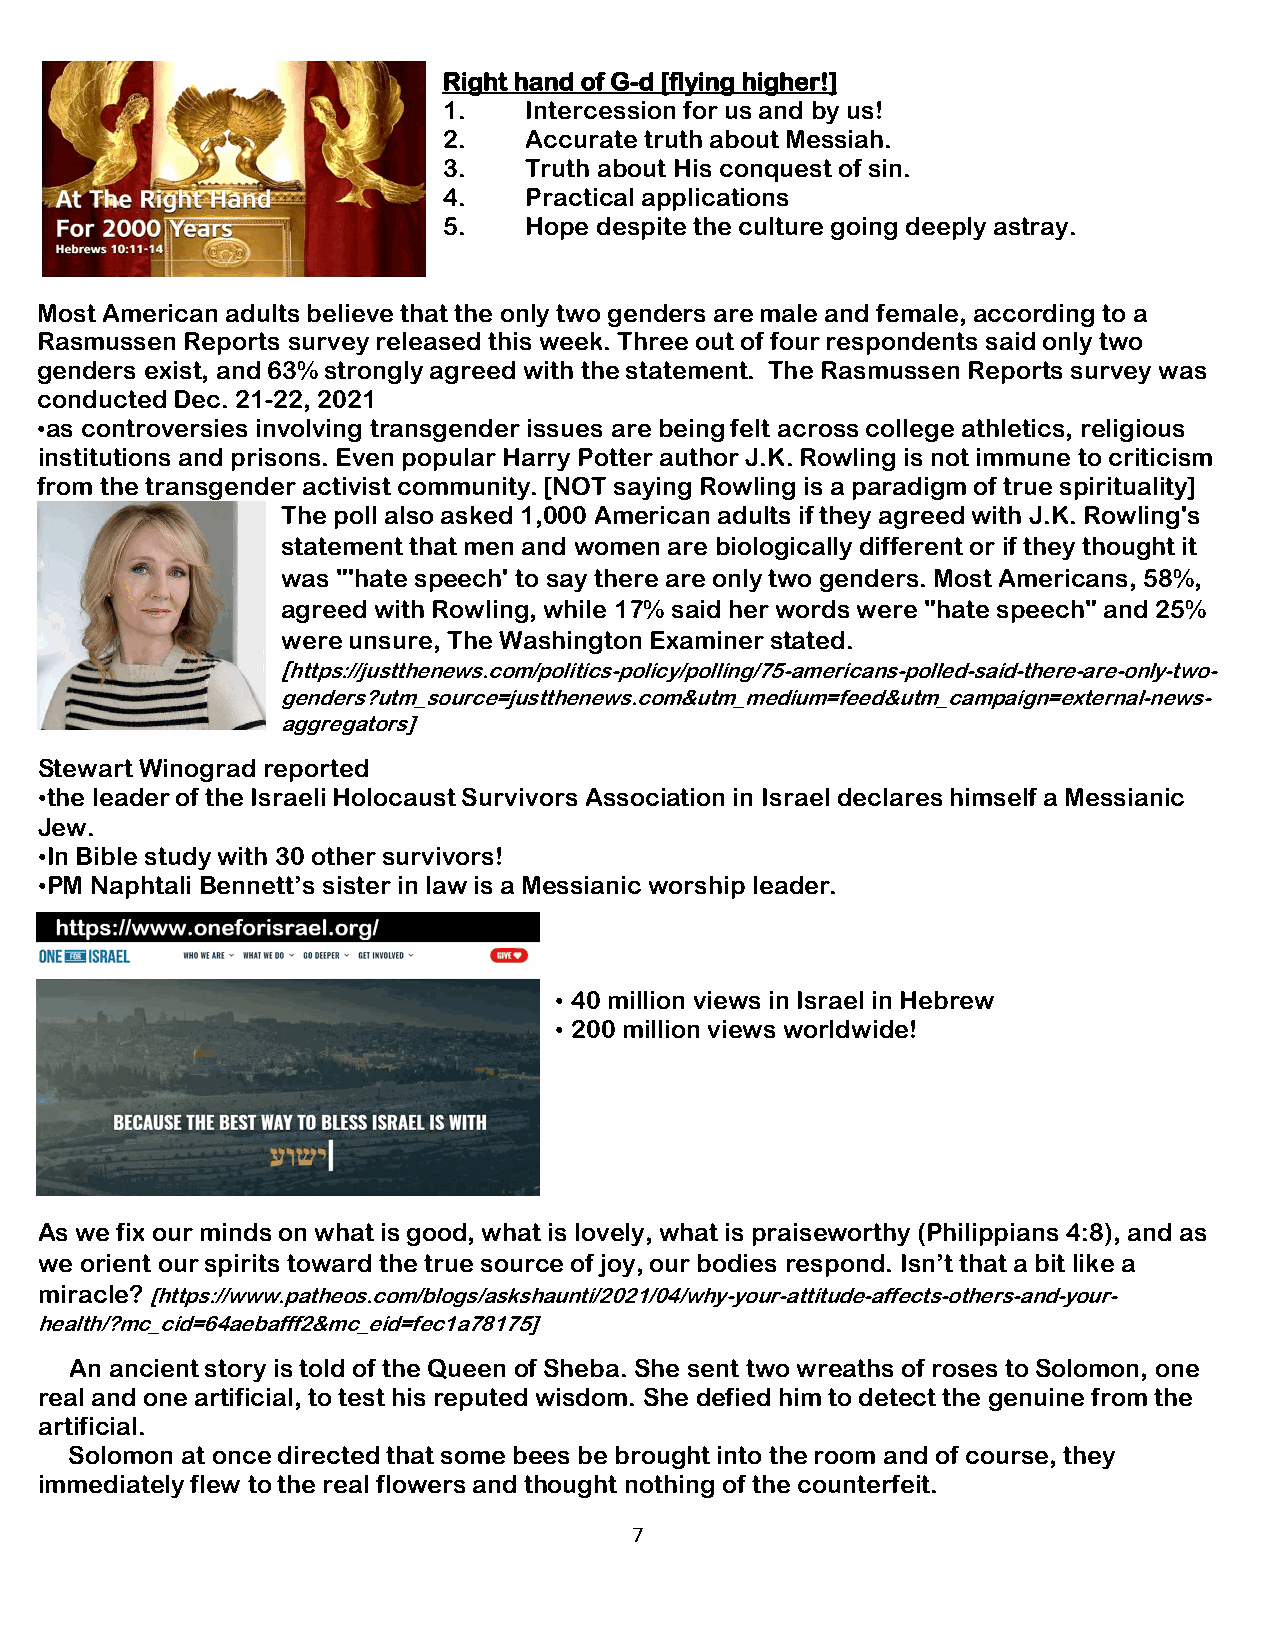
Right hand of G-d [flying higher!]
 1.    Intercession for us and by us!
 2.    Accurate truth about Messiah.
 3.    Truth about His conquest of sin.
 4.    Practical applications
 5.    Hope despite the culture going deeply astray.
 Most American adults believe that the only two genders are male and female, according to a
 Rasmussen Reports survey released this week. Three out of four respondents said only two
 genders exist, and 63% strongly agreed with the statement. The Rasmussen Reports survey was
 conducted Dec. 21-22, 2021
 •as controversies involving transgender issues are being felt across college athletics, religious
 institutions and prisons. Even popular Harry Potter author J.K. Rowling is not immune to criticism
 from the transgender activist community. [NOT saying Rowling is a paradigm of true spirituality]
 The poll also asked 1,000 American adults if they agreed with J.K. Rowling's
 statement that men and women are biologically different or if they thought it
 was "'hate speech' to say there are only two genders. Most Americans, 58%,
 agreed with Rowling, while 17% said her words were "hate speech" and 25%
 were unsure, The Washington Examiner stated.
 [https://justthenews.com/politics-policy/polling/75-americans-polled-said-there-are-only-two-
 genders?utm_source=justthenews.com&utm_medium=feed&utm_campaign=external-news-
 aggregators]
 Stewart Winograd reported
 •the leader of the Israeli Holocaust Survivors Association in Israel declares himself a Messianic
 Jew.
 •In Bible study with 30 other survivors!
 •PM Naphtali Bennett’s sister in law is a Messianic worship leader.
 • 40 million views in Israel in Hebrew
 • 200 million views worldwide!
 As we fix our minds on what is good, what is lovely, what is praiseworthy (Philippians 4:8), and as
 we orient our spirits toward the true source of joy, our bodies respond. Isn’t that a bit like a
 miracle? [https://www.patheos.com/blogs/askshaunti/2021/04/why-your-attitude-affects-others-and-your-
 health/?mc_cid=64aebafff2&mc_eid=fec1a78175]
 An ancient story is told of the Queen of Sheba. She sent two wreaths of roses to Solomon, one
 real and one artificial, to test his reputed wisdom. She defied him to detect the genuine from the
 artificial.
 Solomon at once directed that some bees be brought into the room and of course, they
 immediately flew to the real flowers and thought nothing of the counterfeit.
 7